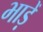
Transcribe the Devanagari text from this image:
भाड़ें